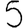
Digit: 5